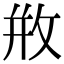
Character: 𢼶